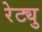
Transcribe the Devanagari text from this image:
रेट्यु